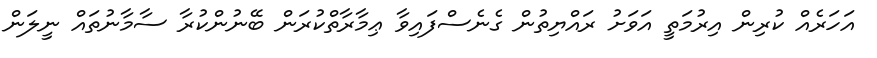
އަހަރެއް ކުރިން އިރުމަތީ އަވަށު ރައްޔިތުން ގެނެސްފައިވާ ޢިމާރާތްކުރަން ބޭނުންކުރާ ސާމާނުތައް ނީލަން